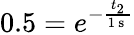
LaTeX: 0.5=e^{-\frac{t_{2}}{1\mathrm{~s~}}}